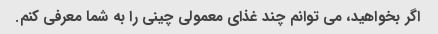
اگر بخواهید، می توانم چند غذای معمولی چینی را به شما معرفی کنم.